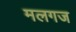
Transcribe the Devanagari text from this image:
मलगज